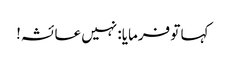
کہا تو فرمایا: نہیں عائشہ!